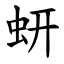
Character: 蚈